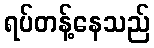
ရပ်တန့်နေသည်